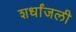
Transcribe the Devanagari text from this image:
शर्धांजली